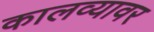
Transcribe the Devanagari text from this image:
कालव्यावर